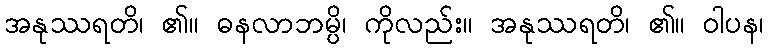
အနုဿရတိ၊ ၏။ ဓနလာဘမ္ပိ၊ ကိုလည်း။ အနုဿရတိ၊ ၏။ ဝါပန၊